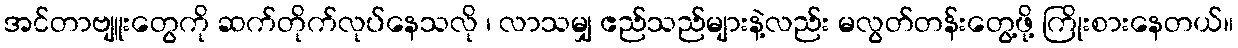
အင်တာဗျူးတွေကို ဆက်တိုက်လုပ်နေသလို ၊ လာသမျှ ဧည်သည်များနဲ့လည်း မလွတ်တန်းတွေ့ဖို့ ကြိုးစားနေတယ်။